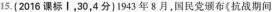
15. (2016课标 I，30，4分)1943年8月，国民党布《抗战期间